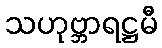
သဟုဗ္ဘာရဋ္ဌမီ